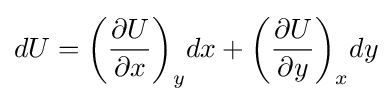
dU=\left({\frac {\partial U}{\partial x}}\right)_{y}\!dx+\left({\frac {\partial U}{\partial y}}\right)_{x}\!dy